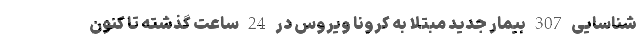
شناسایی 307 بیمار جدید مبتلا به کرونا ویروس در 24 ساعت گذشته تا کنون